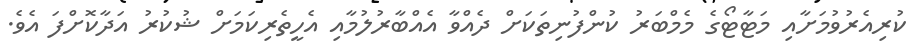
ކުރިއެރުވުމަށާއި މަޓާޓޯގެ މެމްބަރު ކުންފުނިތަކަށް ދެއްވާ އެއްބާރުލުމާއި އެހީތެރިކަމަށް ޝުކުރު އަދާކޮށްފަ އެވެ.